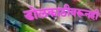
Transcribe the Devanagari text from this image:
डोलकाठीवरूनही